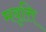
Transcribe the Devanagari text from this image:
मवृत्ति